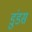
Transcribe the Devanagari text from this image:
डुंडस